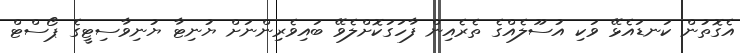
އެގޮތުން ކަނޑައެޅޭ ވަކި އުސޫލެއްގެ ތެރެއިން ފާހަގަކޮށްލެވޭ ބައިވެރިންނަށް ޔުނިޓާ ޔުނިވާސިޓީގެ ޕޯސްޓް